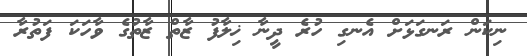
ނިކަން ރަނގަޅަށް އެނގި ހުރެ ދީނާ ޚިލާފު ޒާތް ޒާތުގެ ވާހަކަ ފަތުރާ